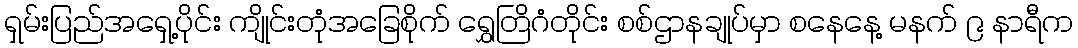
ရှမ်းပြည်အရှေ့ပိုင်း ကျိုင်းတုံအခြေစိုက် ရွှေတြိဂံတိုင်း စစ်ဌာနချုပ်မှာ စနေနေ့ မနက် ၉ နာရီက